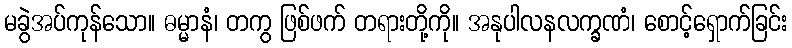
မခွဲအပ်ကုန်သော။ ဓမ္မာနံ၊ တကွ ဖြစ်ဖက် တရားတို့ကို။ အနုပါလနလက္ခဏံ၊ စောင့်ရှောက်ခြင်း